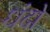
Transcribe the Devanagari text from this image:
धंदो